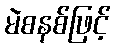
မဲစနစ်ဖြင့်